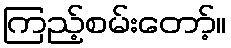
ကြည့်စမ်းတော့်။